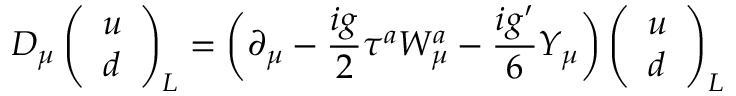
D _ { \mu } \left( \begin{array} { l } { { u } } \\ { { d } } \end{array} \right) _ { L } = \biggl ( \partial _ { \mu } - { \frac { i g } { 2 } } \tau ^ { a } W _ { \mu } ^ { a } - { \frac { i g ^ { \prime } } { 6 } } Y _ { \mu } \biggr ) \left( \begin{array} { l } { { u } } \\ { { d } } \end{array} \right) _ { L }